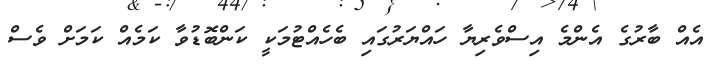
އެއް ބާރުގެ އެންމެ އިސްވެރިޔާ ހައްޔަރުގައި ބެހެއްޓުމަކީ ކަންބޮޑުވާ ކަމެއް ކަމަށް ވެސް